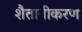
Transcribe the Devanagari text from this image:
शैतानीकरण